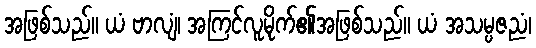
အဖြစ်သည်။ ယံ ဗာလျံ၊ အကြင်လူမိုက်၏အဖြစ်သည်။ ယံ အသမ္ပဇညံ၊